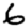
Digit: 6